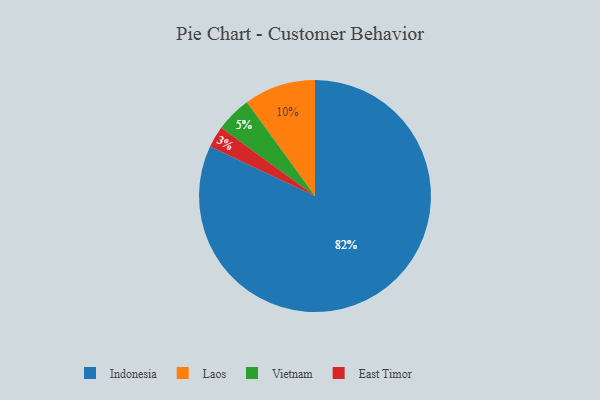
{"axis": {"x": "Category", "y": "Percentage"}, "legend": ["East Timor", "Indonesia", "Laos", "Vietnam"], "data": [{"x": "Indonesia", "y": 82, "type": "Indonesia"}, {"x": "East Timor", "y": 3, "type": "East Timor"}, {"x": "Laos", "y": 10, "type": "Laos"}, {"x": "Vietnam", "y": 5, "type": "Vietnam"}]}